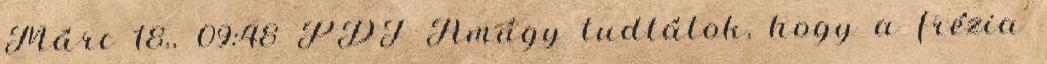
Márc 18., 09:48 PDT Amúgy tudtátok, hogy a frézia